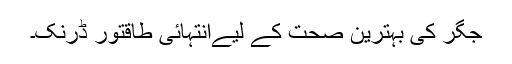
جگر کی بہترین صحت کے لیےانتہائی طاقتور ڈرنک۔